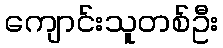
ကျောင်းသူတစ်ဦး